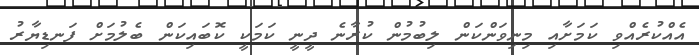
އެއްކުރެއްވި ކަަމަށާއި މިނިވަންކަން ލިބުމުން ކުރާނެ ދީނީ ކަމަކީ ކޮބައިކަން ބެލުމަށް ފަނޑިޔާރު